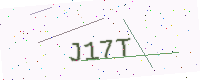
Text: J17T